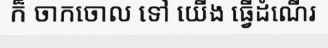
ក៏ ចាកចោល ទៅ យើង ធ្វើដំណើរ